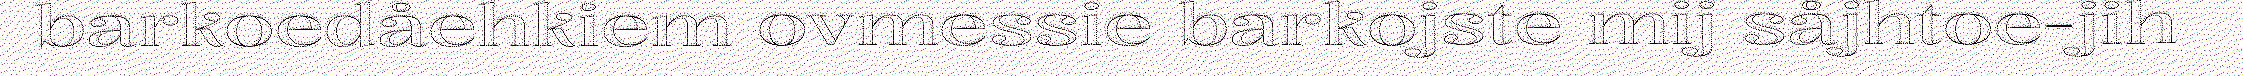
barkoedåehkiem ovmessie barkojste mij såjhtoe-jih